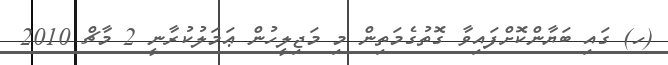
(ހ) ގައި ބަޔާންކޮށްފައިވާ ގޮތުގެމަތިން މި މަޖިލީހުން ޢަމަލުކުރާނީ 2 މާޗް 2010